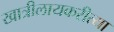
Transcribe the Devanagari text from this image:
खात्रीलायकरीत्या